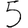
Digit: 5